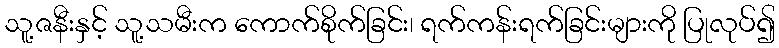
သူ့ဇနီးနှင့် သူ့သမီးက ကောက်စိုက်ခြင်း၊ ရက်ကန်းရက်ခြင်းများကို ပြုလုပ်၍